Report on sanitation, dispensaries, and jails in Rajputana for 1915, and on vaccination for the year 1915-1916 - 1915-1916
Year: 1915
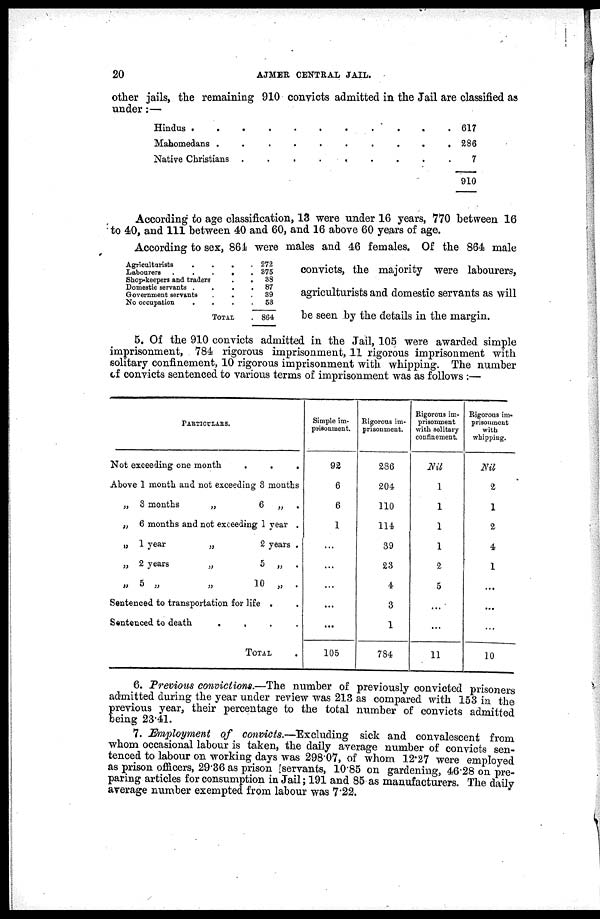
20
AJMER
CENTRAL JAIL.
other jails, the remaining 910 convicts admitted in the Jail are classified as
under:—
Hindus. . . . . . . . . . .
Mahomedans. . . . . . . . . .
Native Christians. . . . . . . . .
617
286
7
910
Agriculturists . . . .
Labourers . . . .
Shop-keepers and traders . .
Domestic servants .
.
.
.
Government servants . . .
No occupation
.
.
.
.
TOTAL.
272
375
38
87
39
53
864
According to age classification, 13 were under 16 years, 770 between 16
to 40, and 111 between 40 and 60, and 16 above 60 years of age.
According to sex, 864 were males and 46 females. Of the 864 male
convicts, the majority were labourers,
agriculturists and domestic servants as will
be seen by the details in the margin.
5. Of the 910 convicts admitted in the Jail, 105 were awarded simple
imprisonment, 784 rigorous imprisonment, 11 rigorous imprisonment with
solitary confinement, 10 rigorous imprisonment with whipping. The number
of convicts sentenced to various terms of imprisonment was as follows :—
PARTICULARS.
Not exceeding one month
.
.
.
Above 1 month and not exceeding 3 months
„ 3 months
„
6 „
.
„ 6 months and not exceeding 1 year .
„ 1 year
„
2 years .
„ 2 years
„
5 „ .
„
5
„
„
10 „ .
Sentenced to transportation for life . .
Sentenced to death
.
.
.
.
TOTAL.
Simple im-
prisonment.
92
6
6
1
...
...
...
...
...
105
Rigorous im-
prisonment.
286
204
110
114
39
23
4
3
1
784
Rigorous im-
prisonment
with solitary
confinement.
Nil
1
1
1
1
2
5
...
...
11
Rigorous im-
prisonment
with
whipping.
Nil
2
1
2
4
1
...
...
...
10
6. Previous convictions.—The number of previously convicted prisoners
admitted during the year under review was 213 as compared with 153 in the
previous year, their percentage to the total number of convicts admitted
being 23.41.
7. Employment of convicts.—Excluding
sick and convalescent from
whom occasional labour is taken, the daily average number of convicts sen-
tenced to labour on working days was 298.07, of whom 12.27 were employed
as prison officers, 29.36 as prison servants, 10.85 on gardening, 46.28 on pre-
paring articles for consumption in Jail; 191 and 85 as manufacturers. The daily
average number exempted from labour was 7.22.